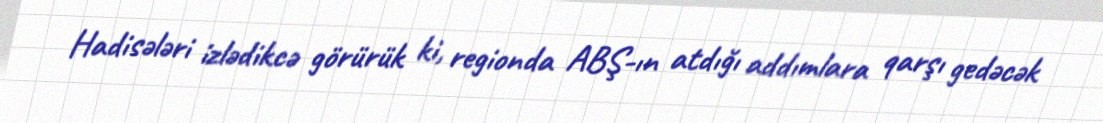
Hadisələri izlədikcə görürük ki, regionda ABŞ-ın atdığı addımlara qarşı gedəcək